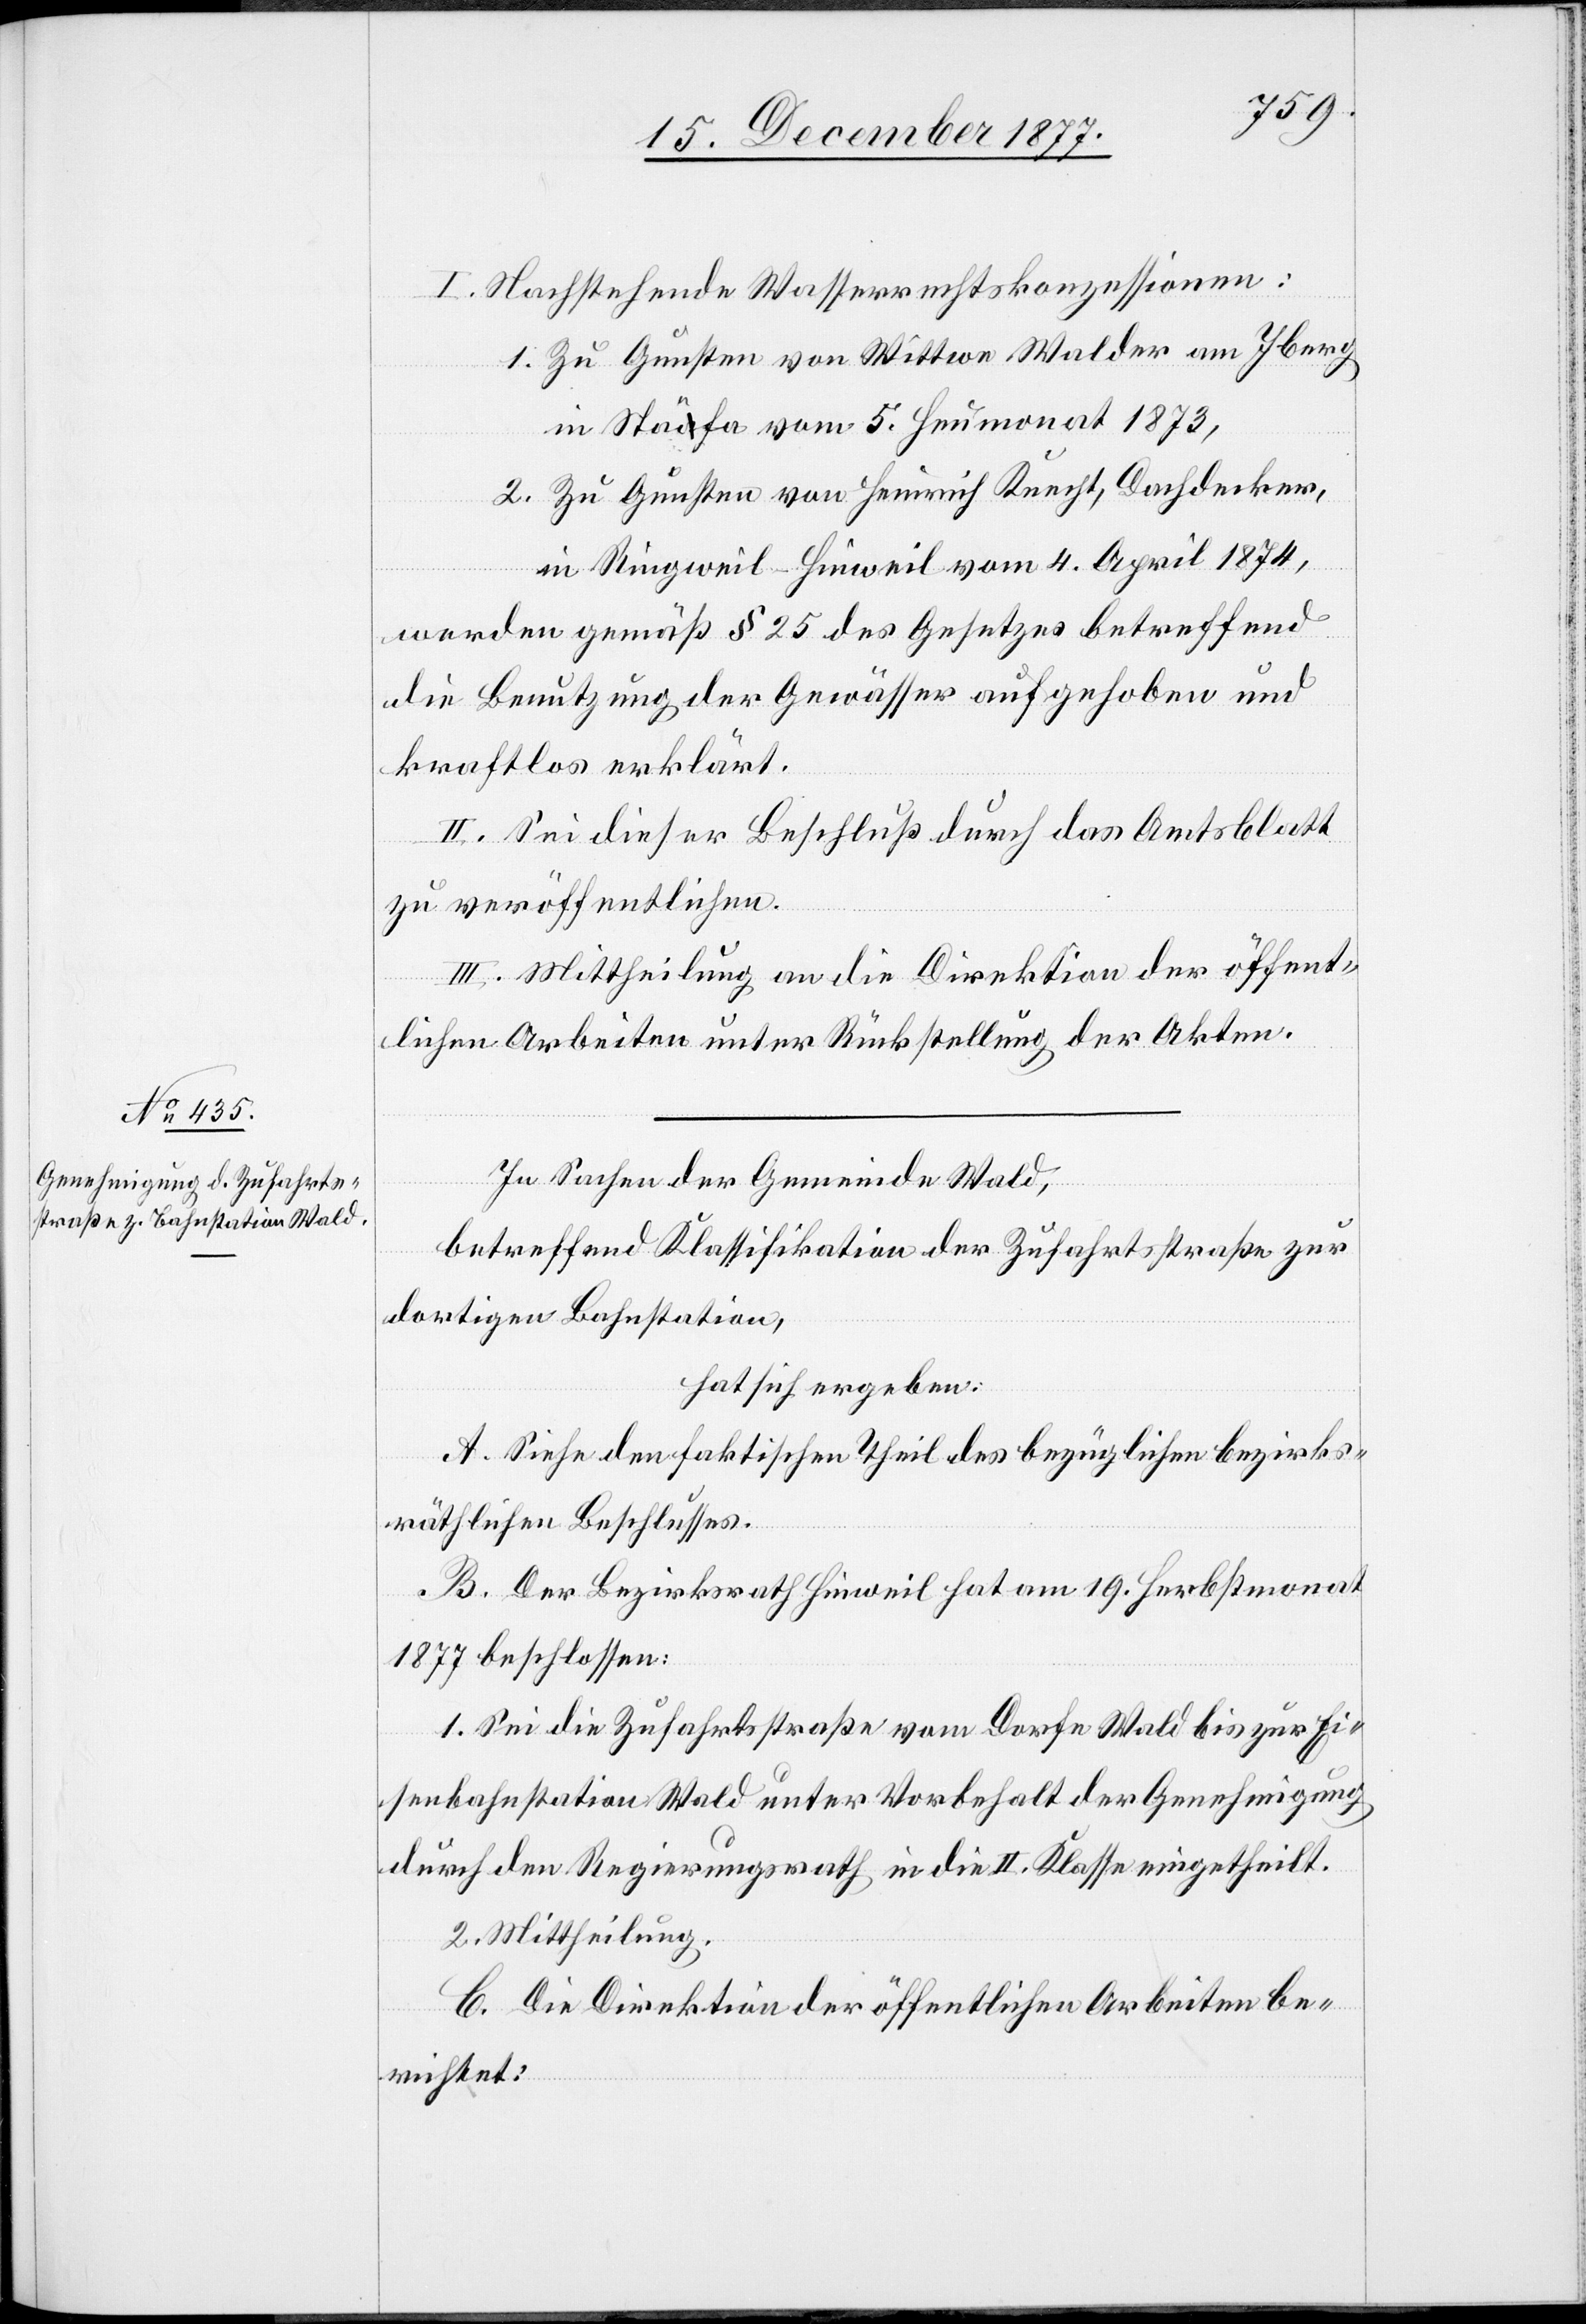
I. Nachstehende Wasserrechtskonzessionen:
1.
Zu Gunsten von Wittwe Walder am Iberg
in Stäfa vom 5. Heumonat 1873,
Zu Gunsten von Heinrich Knecht, Dachdecker,
in Ringweil - Hinweil vom 4. April 1874,
2.
werden gemäß § 25 des Gesetzes betreffend
die Benutzung der Gewässer aufgehoben und
kraftlos erklärt.
II. Sei dieser Beschluß durch das Amtsblatt
zu veröffentlichen.
III. Mittheilung an die Direktion der öffent¬
lichen Arbeiten unter Rückstellung der Akten.
In Sachen der Gemeinde Wald,
betreffend Klassifikation der Zufahrtsstraße zur
dortigen Bahnstation,
hat sich ergeben:
A. Siehe den faktischen Theil des bezüglichen bezirks¬
räthlichen Beschlusses.
B. Der Bezirksrath Hinweil hat am 19. Herbstmonat
1877 beschlossen:
1. Sei die Zufahrtsstraße vom Dorfe Wald bis zur Ei¬
senbahnstation Wald unter Vorbehlt der Genehmigung
durch den Regierungsrath in die II. Klasse eingetheilt.
2. Mittheilung.
C. Die Direktion der öffentlichen Arbeiten be¬
richtet: